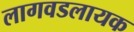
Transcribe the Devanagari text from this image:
लागवडलायक